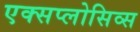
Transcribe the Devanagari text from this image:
एक्सप्लोसिव्स